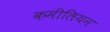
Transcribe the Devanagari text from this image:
कमीलियन